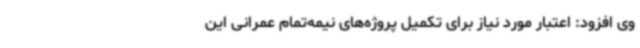
وی افزود: اعتبار مورد نیاز برای تکمیل پروژه‌های نیمه‌تمام عمرانی این